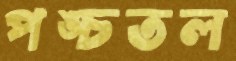
পঙ্চতল